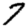
Digit: 7